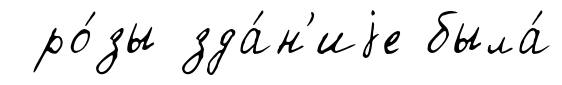
ро́зы зда́н'иjе была́